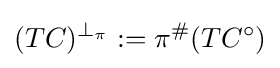
(TC)^{\perp _{\pi }}:=\pi ^{\#}(TC^{\circ })